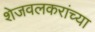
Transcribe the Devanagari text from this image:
शेजवलकरांच्या